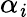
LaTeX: \alpha_{\mathit{i}}